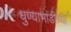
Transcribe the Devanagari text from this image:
धुण्याभांडीच्या